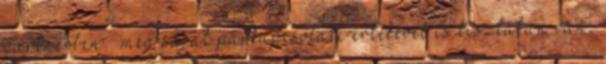
partnerben – még saját párkapcsolati értékével is tisztában van,